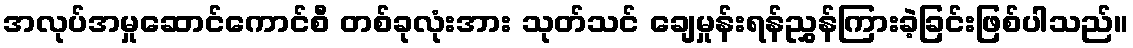
အလုပ်အမှုဆောင်ကောင်စီ တစ်ခုလုံးအား သုတ်သင် ချေမှုန်းရန်ညွှန်ကြားခဲ့ခြင်းဖြစ်ပါသည်။